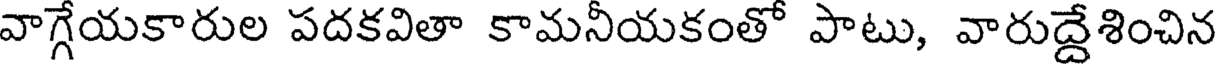
వాగ్గేయకారుల పదకవితా కామనీయకంతో పాటు, వారుద్దేశించిన